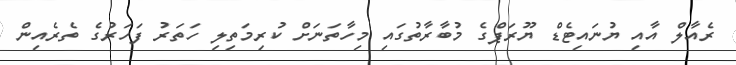
ރެއާލް އާއި ޔުނައިޓެޑް ޔޫރަޕްގެ މުބާރާތުގައި މިހާތަނަށް ކުރިމަތިލި ހަތަރު ފަހަރުގެ ތެރެއިން